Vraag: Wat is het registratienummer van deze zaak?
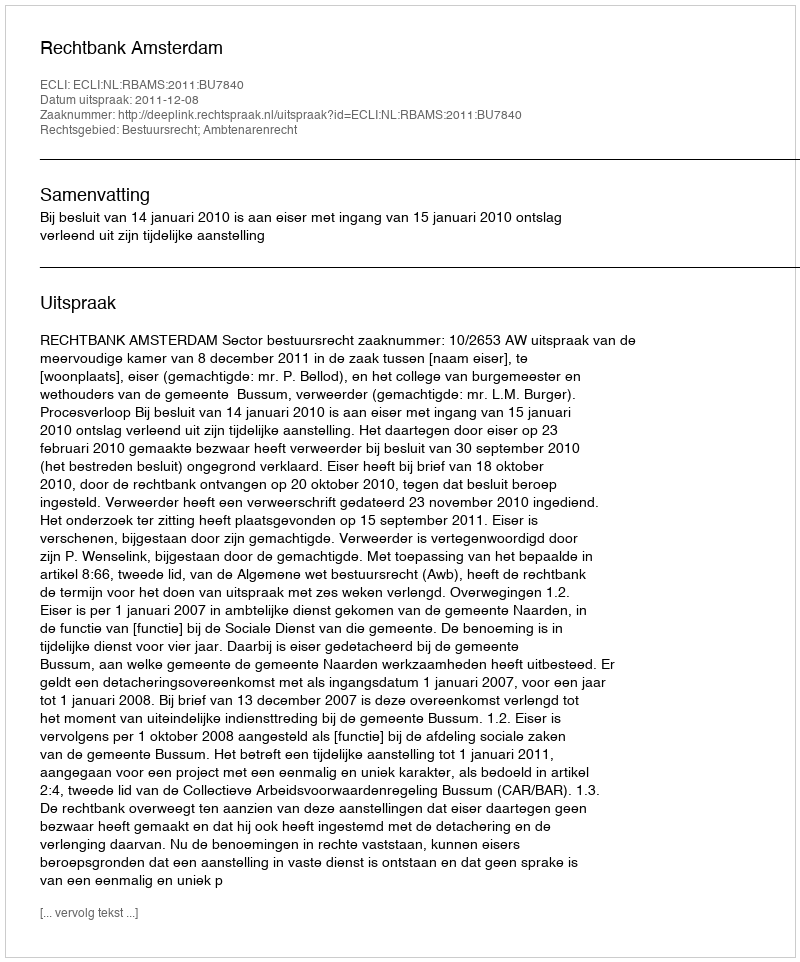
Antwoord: http://deeplink.rechtspraak.nl/uitspraak?id=ECLI:NL:RBAMS:2011:BU7840